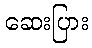
ဆေးပြား